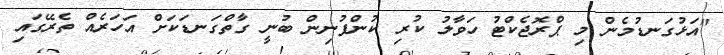
"އަޅުގަނޑުމެން މި ޕްރޮޖެކްޓު ހަވާލު ކުރި ކުންފުނިން ބުނީ ގާތްގަނޑަކަށް އަހަރެއް ތެރޭގައި